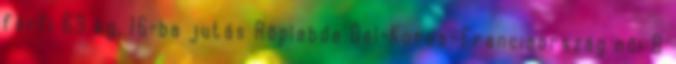
férfi 69 kg, 16-ba jutás Röplabda Dél-Korea–Franciaország női B